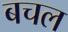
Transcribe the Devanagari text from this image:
बचल